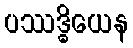
ပဿဒ္ဓိယေန